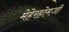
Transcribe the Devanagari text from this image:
मेहेरहोमजी